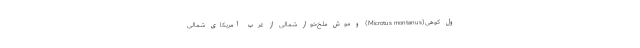
ول کوهی(Microtus montanus) و موش ملخ‌خوار شمالی از غرب آمریکای شمالی